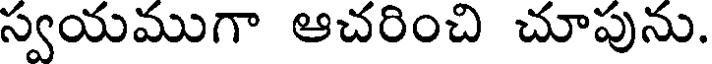
స్వయముగా ఆచరించి చూపును.